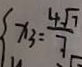
x _ { 3 } = \frac { 4 \sqrt { 7 } } { 7 }